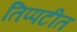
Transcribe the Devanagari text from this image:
तिप्पटीत